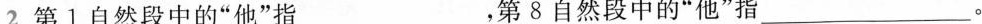
2.第1自然段中的”他”指___，第8自然段中的”他”指___。